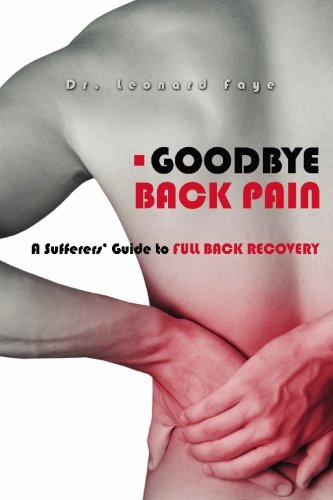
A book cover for Goodbye Back Pain: A Suffers Guide to Full Back Recovery and Future Prevention; Leonard J. Faye D.C.; Health, Fitness & Dieting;